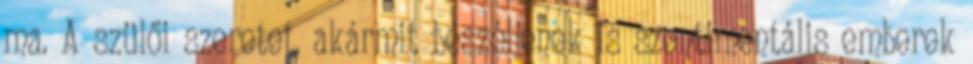
ma. A szülői szeretet, akármit beszéljenek is szentimentális emberek